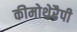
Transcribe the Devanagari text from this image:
कीमोथेरैपी